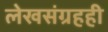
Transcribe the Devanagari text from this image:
लेखसंग्रहही